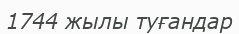
1744 жылы туғандар